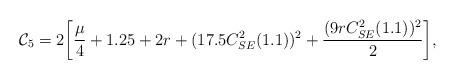
LaTeX: \begin{align*}\mathcal{C}_5=2\bigg{[}\frac{\mu}{4}+1.25+2r+(17.5C_{SE}^2(1.1))^2+\frac{(9rC_{SE}^2(1.1))^2}{2}\bigg{]},\end{align*}